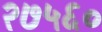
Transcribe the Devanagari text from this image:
२७५६०